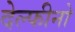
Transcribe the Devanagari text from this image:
देल्फीनो